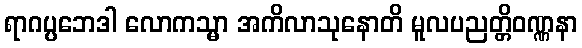
ရာဂပ္ပဘေဒါ လောကသ္မာ အကိလာသုနောတိ မူလပညတ္တိဝဏ္ဏနာ